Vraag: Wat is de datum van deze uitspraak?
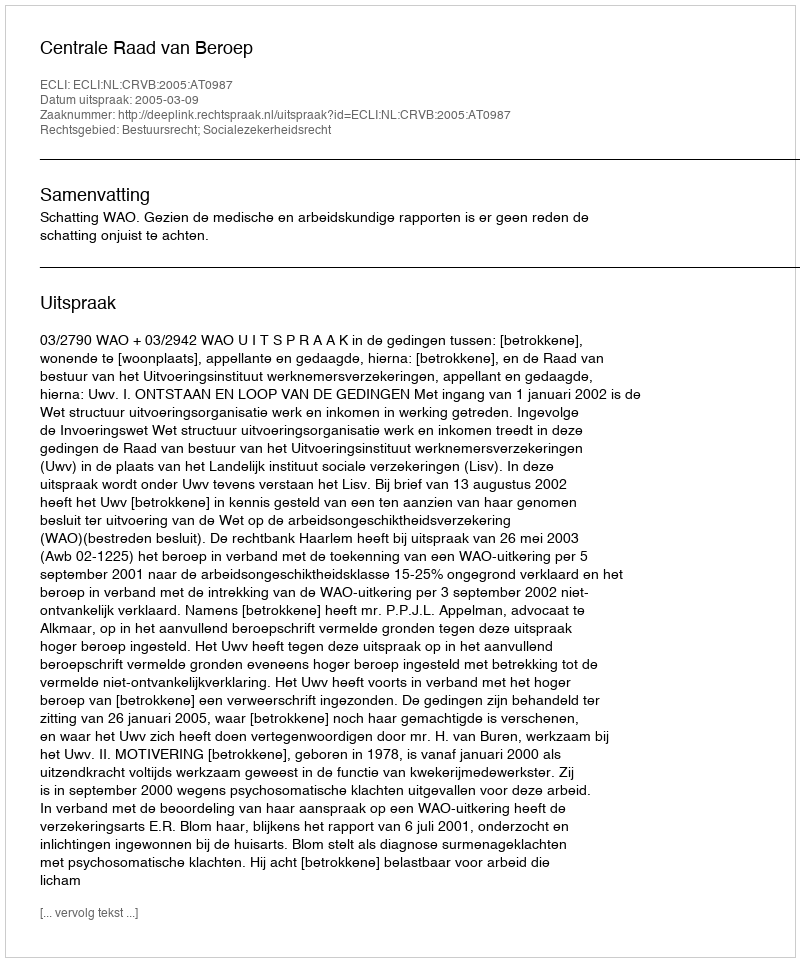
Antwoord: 2005-03-09